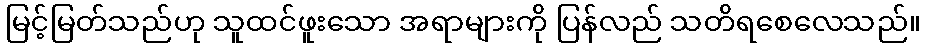
မြင့်မြတ်သည်ဟု သူထင်ဖူးသော အရာများကို ပြန်လည် သတိရစေလေသည်။